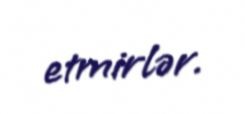
etmirlər.